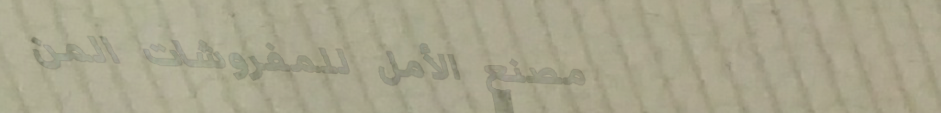
مصنع الأمل للمفروشات المن